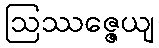
ဩဿဇ္ဇေယျ